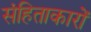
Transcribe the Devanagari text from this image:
संहिताकारों